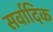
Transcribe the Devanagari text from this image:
सर्वादिक